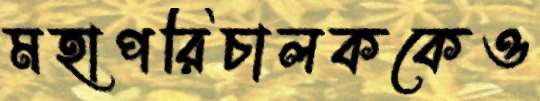
মহাপরিচালককেও